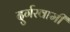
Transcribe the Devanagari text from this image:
दुर्गस्वामी